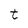
Character: t